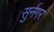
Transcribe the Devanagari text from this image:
सुर्नगर